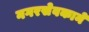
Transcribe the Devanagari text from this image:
नगरसेवकाने